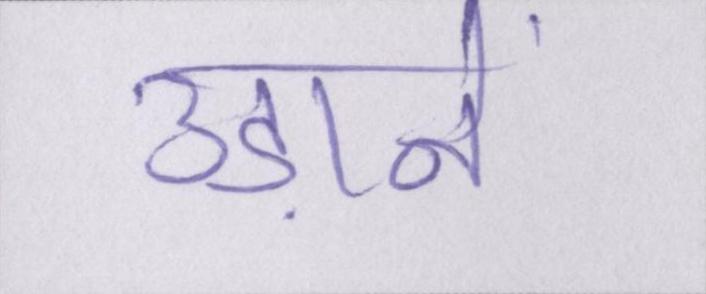
उड़ानें